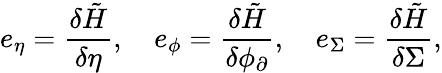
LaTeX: e_{\eta}=\frac{\delta\tilde{H}}{\delta\eta},\quad e_{\phi}=\frac{\delta\tilde{H}}{\delta\phi_{\partial}},\quad e_{\Sigma}=\frac{\delta\tilde{H}}{\delta\Sigma},